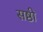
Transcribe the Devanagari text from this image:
सष्ठी